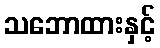
သဘောထားနှင့်